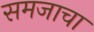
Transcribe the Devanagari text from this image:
समजाचा